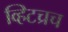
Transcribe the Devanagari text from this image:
व्हिटच्रच